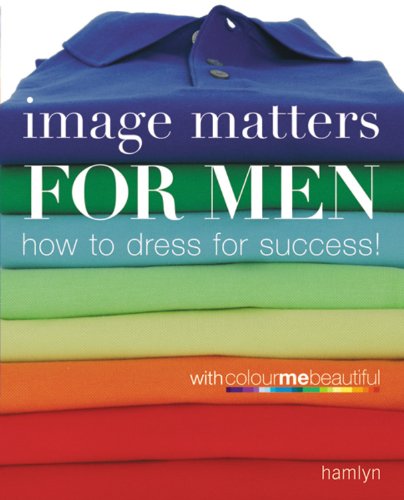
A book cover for Image Matters For Men: How to Dress for Success!; Veronique Henderson; Health, Fitness & Dieting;